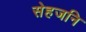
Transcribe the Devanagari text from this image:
सेहजनि